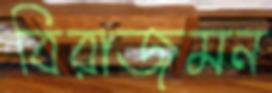
বিরাজমন